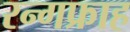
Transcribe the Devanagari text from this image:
रन्गफ्राह